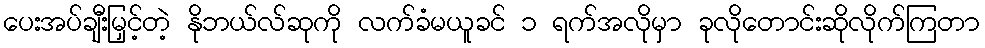
ပေးအပ်ချီးမြှင့်တဲ့ နိုဘယ်လ်ဆုကို လက်ခံမယူခင် ၁ ရက်အလိုမှာ ခုလိုတောင်းဆိုလိုက်ကြတာ